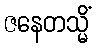
ဇနေတသ္မိံ